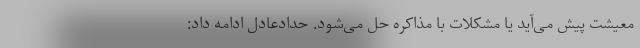
معیشت پیش می‌آید یا مشکلات با مذاکره حل می‌شود. حدادعادل ادامه داد: